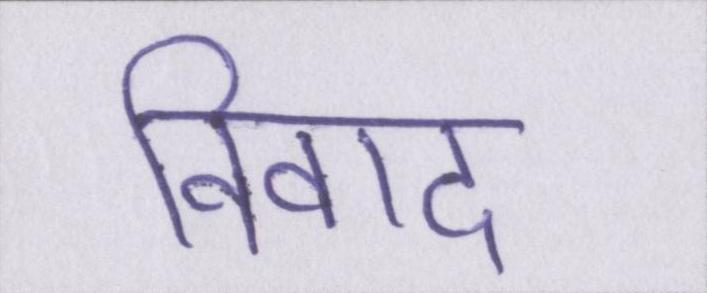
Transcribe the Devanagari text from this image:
विवाद